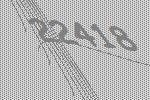
22418